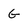
Character: G